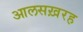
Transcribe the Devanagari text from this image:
आलसख़रह